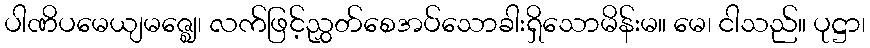
ပါဏိပမေယျမဇ္ဈေ၊ လက်ဖြင့်ညွှတ်စေအပ်သောခါးရှိသောမိန်းမ။ မေ၊ ငါသည်။ ပုဋ္ဌာ၊